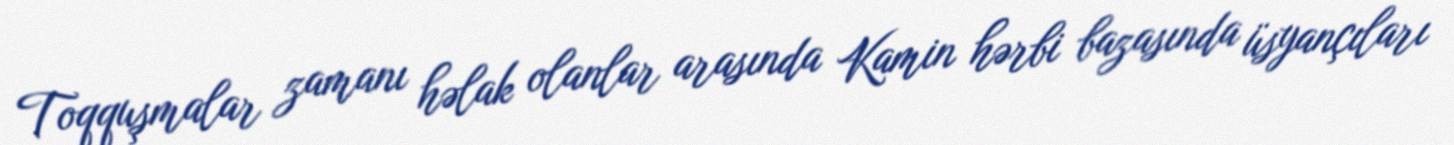
Toqquşmalar zamanı həlak olanlar arasında Kamin hərbi bazasında üsyançıları